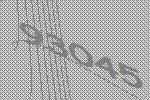
93045